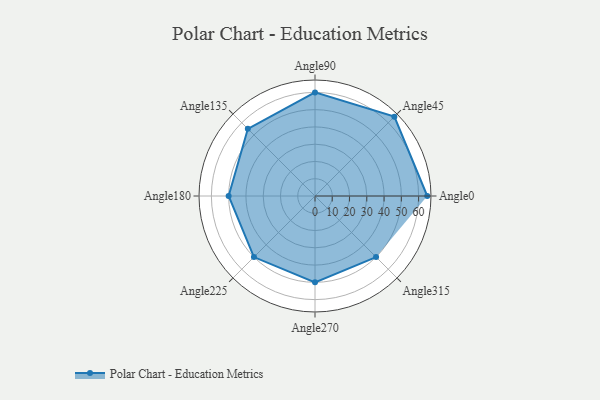
{"axis": {"x": "Angle", "y": "Radius"}, "legend": [""], "data": [{"x": "Angle0", "y": 65.0, "type": ""}, {"x": "Angle45", "y": 65.0, "type": ""}, {"x": "Angle90", "y": 60.0, "type": ""}, {"x": "Angle135", "y": 55.0, "type": ""}, {"x": "Angle180", "y": 50, "type": ""}, {"x": "Angle225", "y": 50, "type": ""}, {"x": "Angle270", "y": 50, "type": ""}, {"x": "Angle315", "y": 50, "type": ""}]}